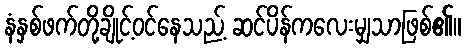
နံနှစ်ဖက်တို့ချိုင့်ဝင်နေသည့် ဆင်ပိန်ကလေးမျှသာဖြစ်၏။